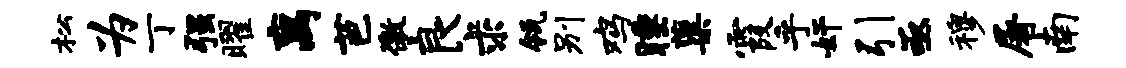
松为丁强曜离芭徼良求瓴别鸡睡蕖霞乎奸引亟穆屠南